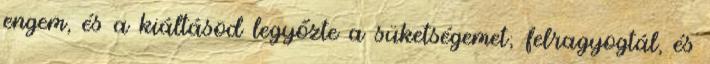
engem, és a kiáltásod legyőzte a süketségemet; felragyogtál, és